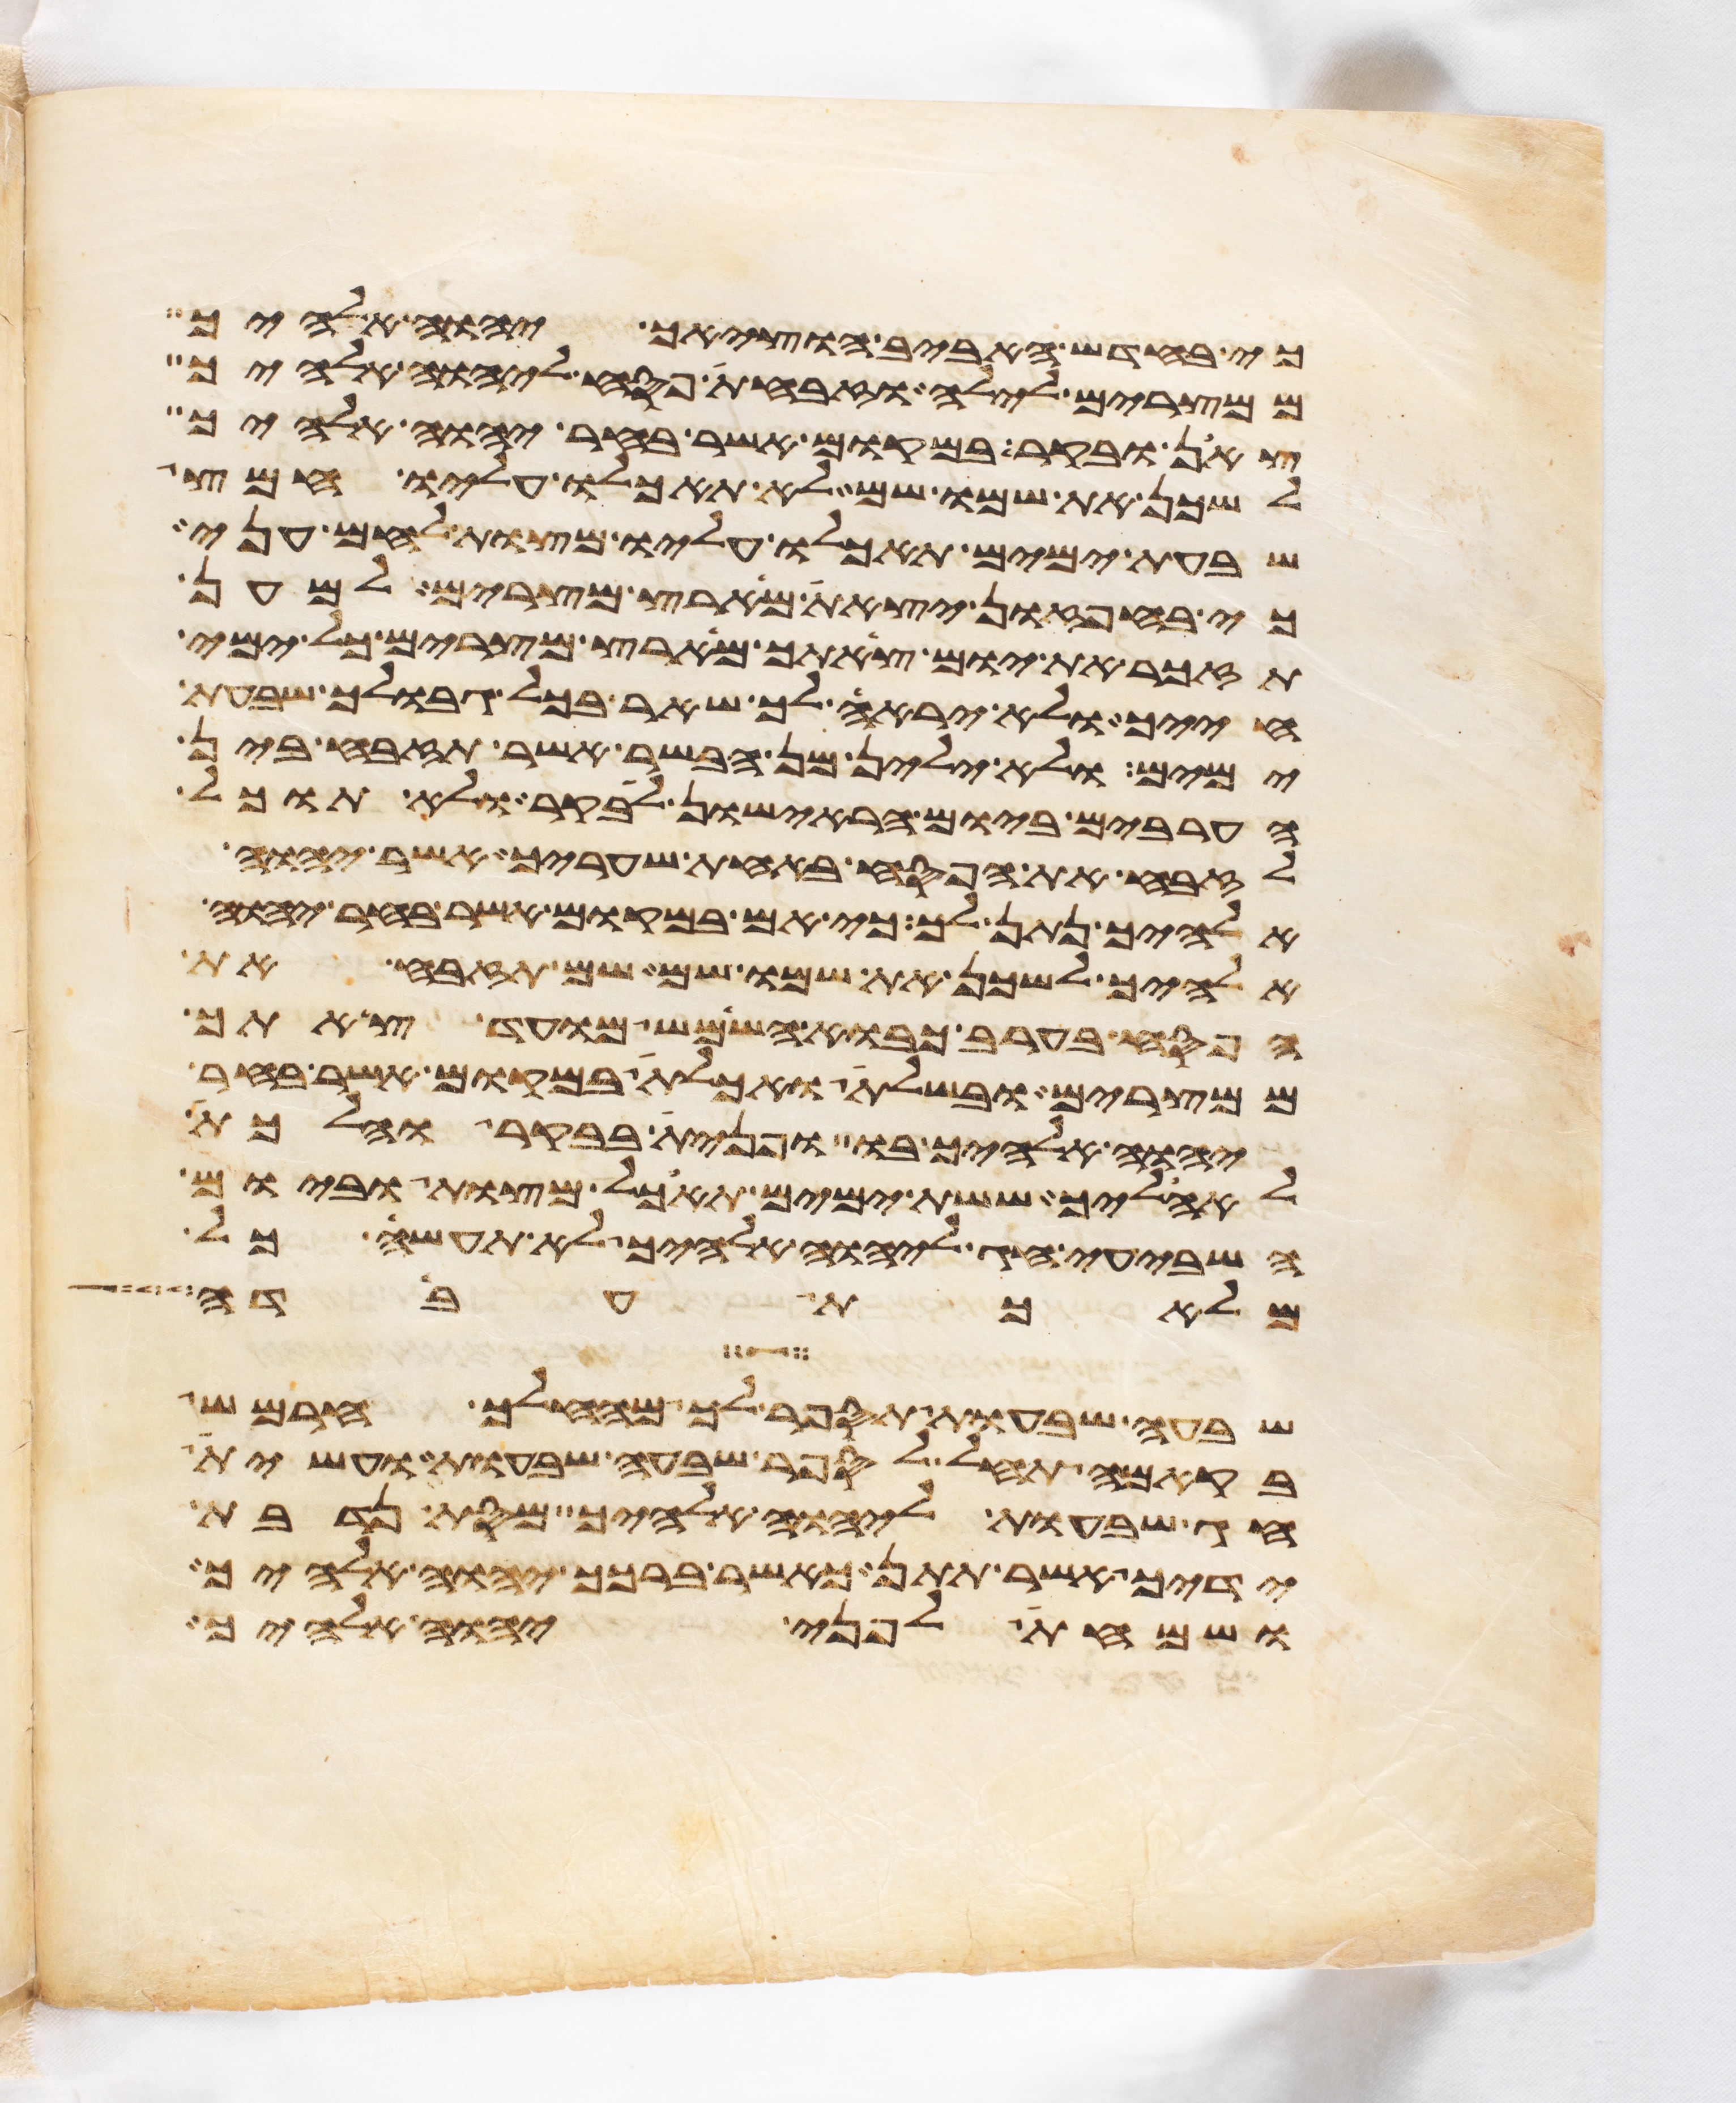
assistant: כי בחדש האביב הוציאך יהוה אלהיך
ממצרים לילה וזבחת פסח ליהוה אלהיך
צאן ובקר במקום אשר בחר יהוה אלהיך
לשכן את שמו שם לא תאכלו עליו חמץ
שבעת ימים תאכלו עליו מצות לחם עני
כי בחפזון יצאת מארץ מצרים למען
תזכר את יום צאתך מארץ מצרים כל ימי
חייך ולא יראה לך שאר בכל גבולך שבעת
ימים ולא ילין מן הבשר אשר תזבח בין
הערבים ביום הראישון לבקר ולא תוכל
לזבח את הפסח באחת שעריך אשר יהוה
אלהיך נתן לך כי אם במקום אשר בחר יהוה
אלהיך לשכן את שמו שם שם תזבח את
הפסח בערב כבוא השמש מועד צאתך
ממצרים ובשלת ואכלת במקום אשר בחר
יהוה אלהיך בו ופנית בבקר והלכת
לאהליך ששת ימים תאכל מצות וביום
השביעי חג ליהוה אלהיך לא תעשה כל
מלאכת עבדה
שבעה שבעות תספר לך מהחלך חרמש
בקמה תחל לספר שבעה שבעות ועשית
חג שבעות ליהוה אלהיך מסת נדבת
ידיך אשר תתן כאשר ברכך יהוה אלהיך
ושמחת לפני יהוה אלהיך